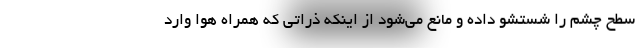
سطح چشم را شستشو داده و مانع می‌شود از اینکه ذراتی که همراه هوا وارد